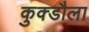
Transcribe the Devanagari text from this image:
कुक्डौला